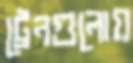
ট্রেনগুলোয়